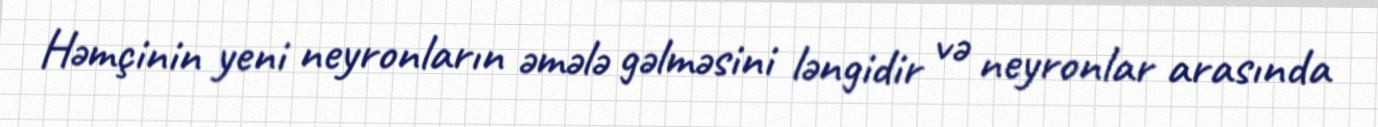
Həmçinin yeni neyronların əmələ gəlməsini ləngidir və neyronlar arasında